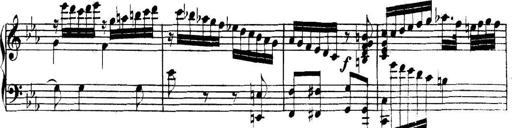
Title: Collected Piano Sonatas
Composer: Muzio Clementi